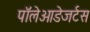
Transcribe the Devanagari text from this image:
पॉलेओडेजर्टस